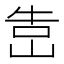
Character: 𡷥